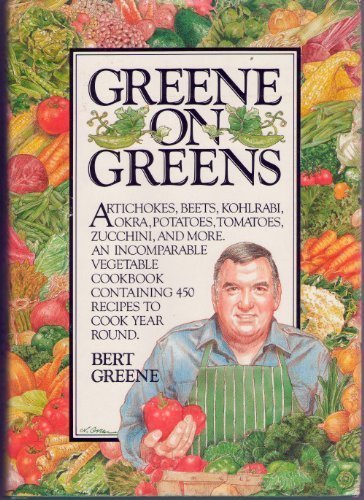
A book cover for Greene on Greens: Artichokes, Beets, Kohlrabi, Okra, Potatoes, Tomatoes, Zucchini, and More.; Bert Greene; Cookbooks, Food & Wine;